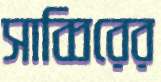
সাব্বিরের